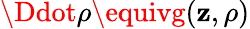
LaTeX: \Ddot{\rho}\equivg(\mathbf{z},\rho)